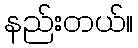
နည်းတယ်။